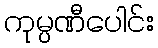
ကုမ္ပဏီပေါင်း